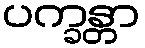
ပက္ခန္တာ